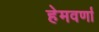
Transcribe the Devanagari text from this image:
हेमवर्णा